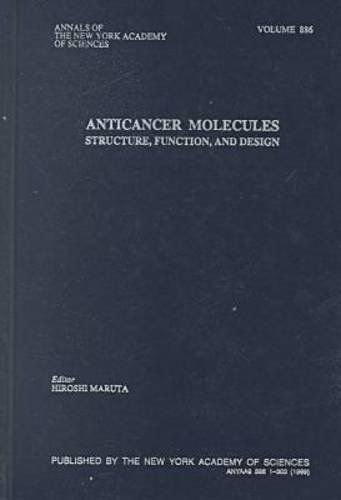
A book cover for Anti-Cancer Molecules: Structure, Function, and Design (Annals of the New York Academy of Sciences); Medical Books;